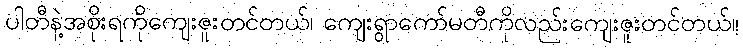
ပါတီနဲ့အစိုးရကိုကျေးဇူးတင်တယ်၊ ကျေးရွာကော်မတီကိုလည်းကျေးဇူးတင်တယ်။